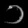
Digit: ၁